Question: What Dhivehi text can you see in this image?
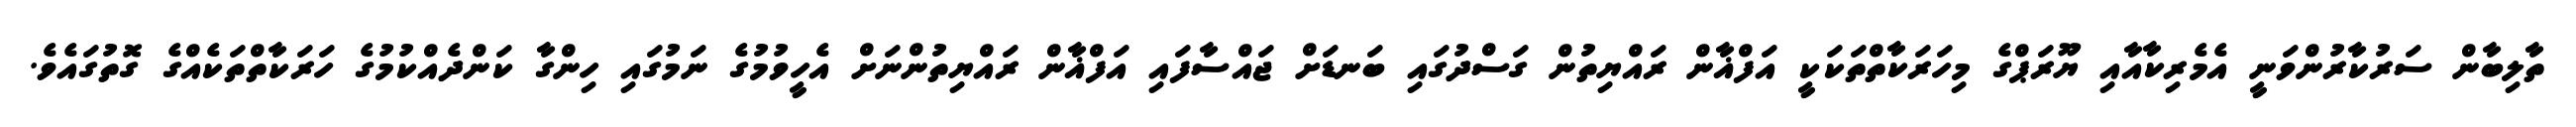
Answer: ތާލިބާން ސަރުކާރުންވަނީ އެމެރިކާއާއި ޔޫރަޕްގެ މިހަރަކާތްތަކަކީ އަފްޣާން ރައްޔިތުން ގަސްދުގައި ބަނޑަށް ޖައްސާފައި އަފްޣާން ރައްޔިތުންނަށް އެހީވުމުގެ ނަމުގައި ހިންގާ ކަންދެއްކުމުގެ ހަރަކާތްތަކެއްގެ ގޮތުގައެވެ.